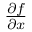
\textstyle { \frac { \partial f } { \partial x } }